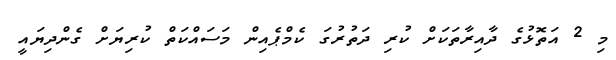
މި 2 އަތޮޅުގެ ދާއިރާތަކަށް ކުރި ދަތުރުގަ ކެމްޕެއިން މަސައްކަތް ކުރިޔަށް ގެންދިޔައީ